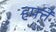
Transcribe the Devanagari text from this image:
हफ्तें